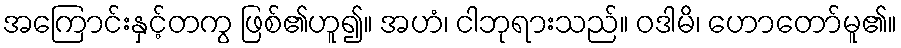
အကြောင်းနှင့်တကွ ဖြစ်၏ဟူ၍။ အဟံ၊ ငါဘုရားသည်။ ဝဒါမိ၊ ဟောတော်မူ၏။